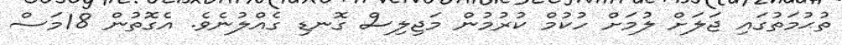
ތުޙުމަތުގައި ޖަލަށް ލުމަށް ހުކުމް ކުރުމުން މަޖިލިސް ގޮނޑި ގެއްލުނެވެ. އެގޮތުން 18މަސް